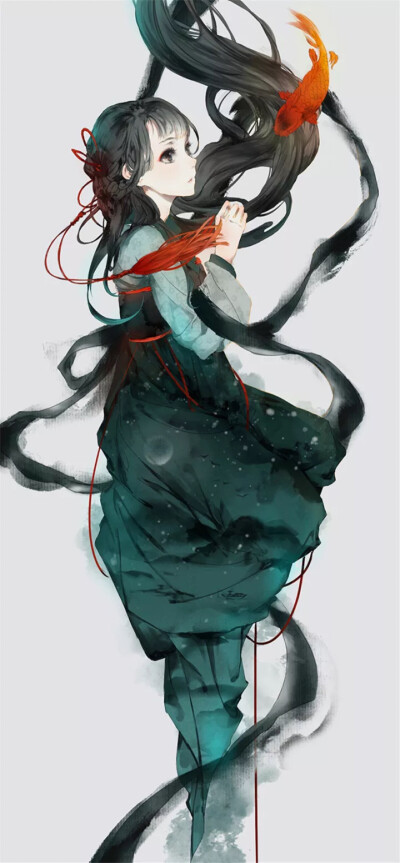
飞云当面化龙蛇，夭矫转空碧。